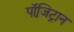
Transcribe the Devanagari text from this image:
पॉजि़ट्रान